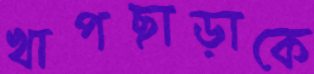
খাপছাড়াকে